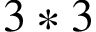
3 * 3